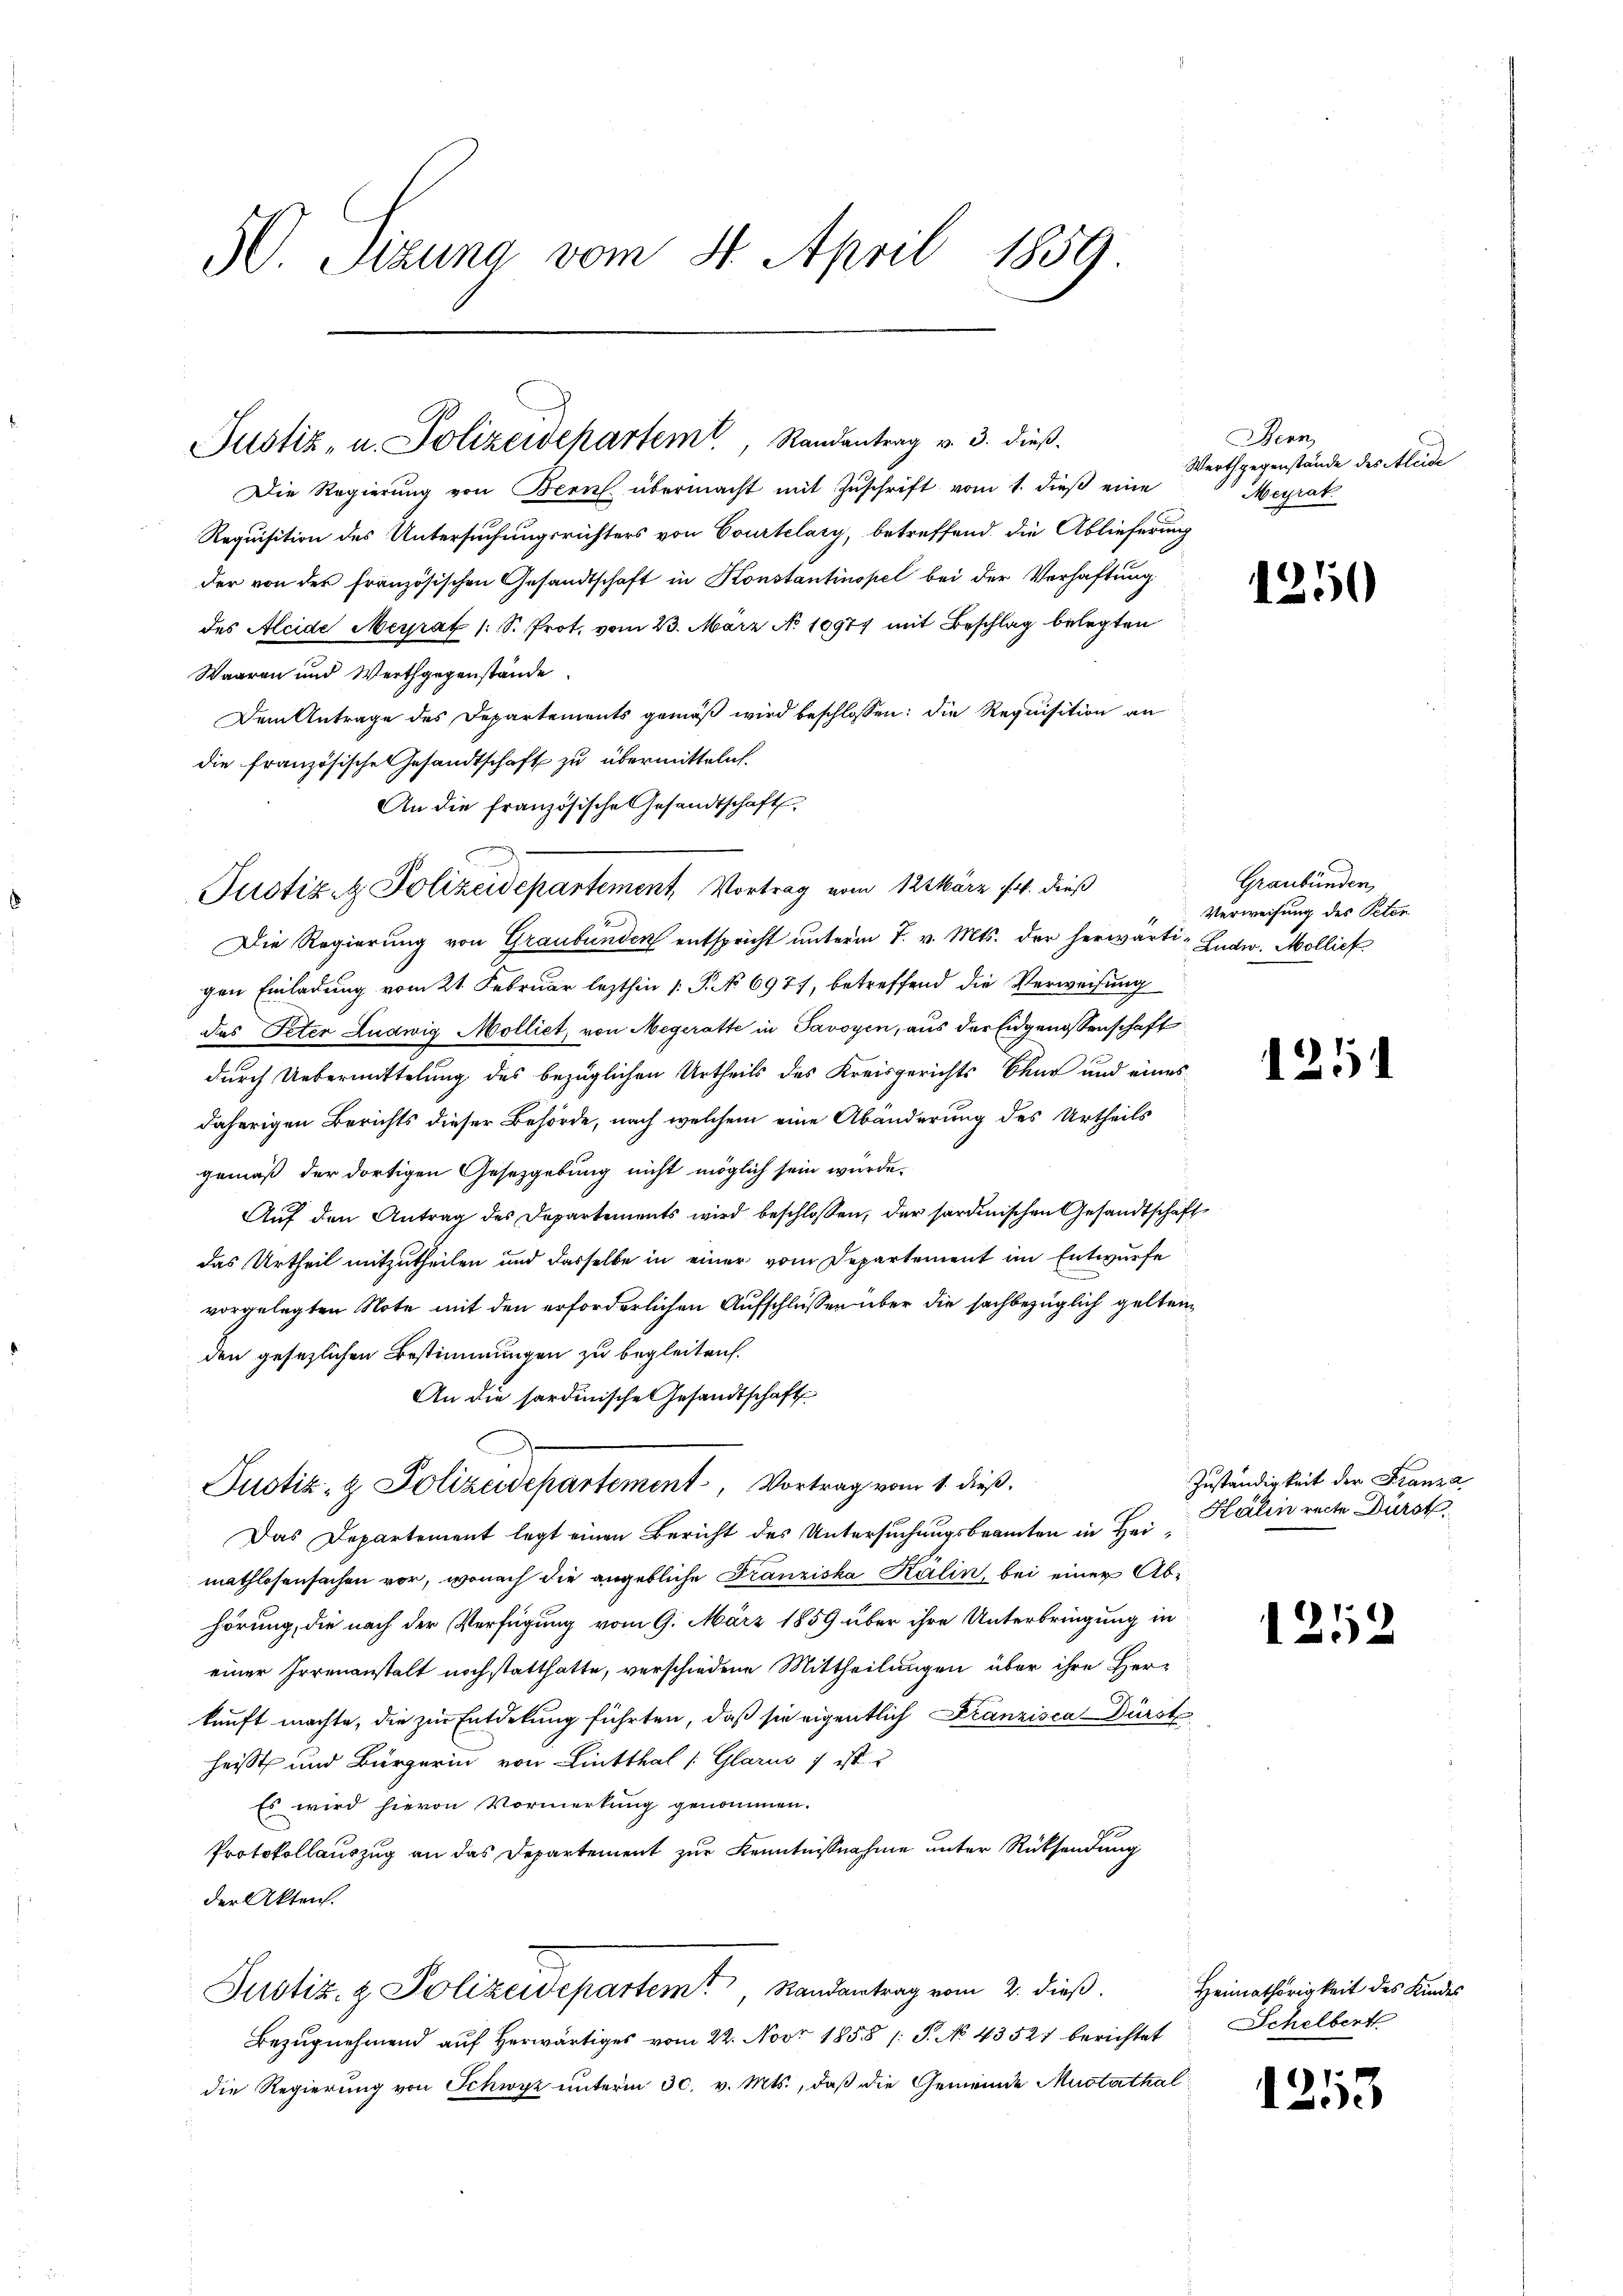
3. Sizung vom 4. April 1859.

Justiz- u. Polizeidepartem Randantrag v. 3. dieß.

Die Regierŭng von Bern übermacht mit Zŭschrift vom 1. dieβ eine
Requisition des Untersuchungsrichters von Courtelary, betreffend die Ablieferung
der von der französischen Gesandtschaft in Konstantinopel bei der Verhaftung
des Aleide Meirat (S. Prot. vom 23. März No 10977 mit Beschlag belegten
Waaren und Werthgegenstände.
Dem Antrage des Departements gemäß wird beschlossen: die Requisition an
die französische Gesandtschaft zu übermitteln.
An die französische Gesandtschaft
Die Regierung von Graubünden entspricht unterm 7. v. Mts. der herwärti-Ludw. Mollief
gen Einladung vom 21. Februar lezthin 1: P. No 6971, betreffend die Verweisung
das Peter Ludwig Molliet, von Negeratte in Savoyen, aus der Eidgenossenschaft
durch Uebermittelung des bezüglichen Urtheils des Kreisgerichts Chur und eines
daherigen Berichts dieser Behörde, nach welchem eine Abänderung des Urtheils
gemäß der dortigen Gesetzgebung nicht möglich sein würde.
Auf den Antrag des Departements wird beschlossen, der sordinischen Gesandtschaft
das Urtheil mitzutheilen und dasselbe in einer vom Departement im Entwurfe
vorgelegten Note mit den erforderlichen Aufschlusser über die sachbezüglich gelten
den gesezlichen Bestimmungen zu begleiten.
An die sardinische Gesandtschaft
D
Justiz- & Polizeidepartement, Vortrag vom 1. dieß,
Das Departement legt einen Bericht des Untersuchungsbeamten in Heinathlosensachen vor, wonach die angebliche Franziska Kälin, bei einer Abhörung, die nach der Verfügung vom 9. März 1859 über ihre Unterbringung in
einer Irrenanstalt noch statthatte, verschiedene Mittheilungen über ihre Herkunft machte, die zur Entdekung führten, daß sie eigentlich Franzisca Dürst
heißt und Bürgerin von Linthal (Glarus & ist
Es wird hievon Vormerkung genommen.
Protokollauszug an das Departement zur Kenntnißnahme unter Rücksendung
der Akten.
Justiz- & Polizeidepartem, Randantrag vom 2. dieß.
Bezugnehmend auf herwärtiges vom 22. Nov. 1858 /: P. No 43527 berichtet
die Regierung von Schwyz unterm 30. v. Mts., daß die Gemeinde Mustathal

Justiz & Polizeidepartement, Vortrag vom 123 März 14. dieß

Bern
Werthgegenstände des Kleide
Meyrat

125

Graubünden,
Verweisung des Peten

1251

Zuständigkeit der Franza
Kälin recte Dürst

1252

Heimathörigkeit des Kindes
Schelbert

1253